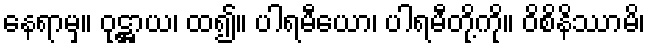
နေရာမှ။ ဝုဋ္ဌာယ၊ ထ၍။ ပါရမီယော၊ ပါရမီတို့ကို။ ဝိစိနိဿာမိ၊